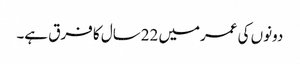
دونوں کی عمرمیں 22سال کا فرق ہے۔